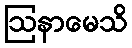
ဩနာမေသိ